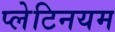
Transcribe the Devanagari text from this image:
प्लेटिनयम